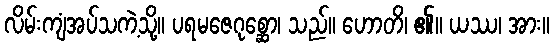
လိမ်းကျံအပ်သကဲ့သို့။ ပရမဇေဂုစ္ဆော၊ သည်။ ဟောတိ၊ ၏။ ယဿ၊ အား။